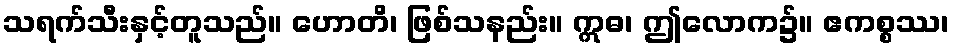
သရက်သီးနှင့်တူသည်။ ဟောတိ၊ ဖြစ်သနည်း။ ဣဓ၊ ဤလောက၌။ ဧကစ္စဿ၊